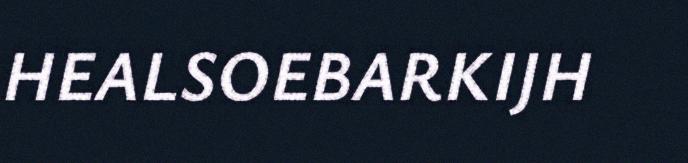
HEALSOEBARKIJH